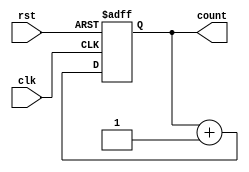
`timescale 1ns / 1ps
//////////////////////////////////////////////////////////////////////////////////
// Company: 
// Engineer: 
// 
// Design Name: 
// Module Name: counter
// Project Name: 
// Target Devices: 
// Tool Versions: 
// Description: 
// 
// Dependencies: 
// 
// Revision:
// Revision 0.01 - File Created
// Additional Comments:
// 
//////////////////////////////////////////////////////////////////////////////////


module counter#(parameter N=32)(input clk, input rst,
                                output [N-1:0] count);
  reg [N-1:0] present_count;
  reg [N-1:0] next_count;
  
  always@*begin
    next_count = present_count+1'b1;
  end
  
  always@(posedge clk or negedge rst)begin
    if(~rst)begin
      present_count <= 'b1;
    end
    else begin
      present_count <= next_count;
    end
  end
  
  assign count = present_count;
endmodule